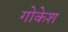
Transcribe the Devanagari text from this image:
गोकेश